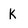
Character: K